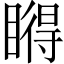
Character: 𥊤